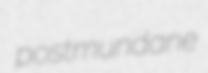
postmundane